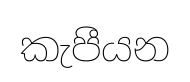
කැපීයන